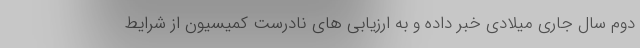
دوم سال جاری میلادی خبر داده و به ارزیابی های نادرست کمیسیون از شرایط